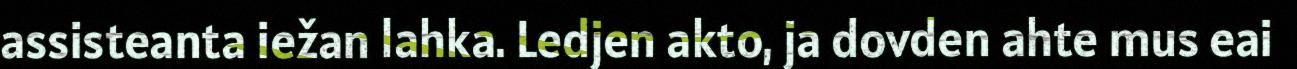
assisteanta iežan lahka. Ledjen akto, ja dovden ahte mus eai